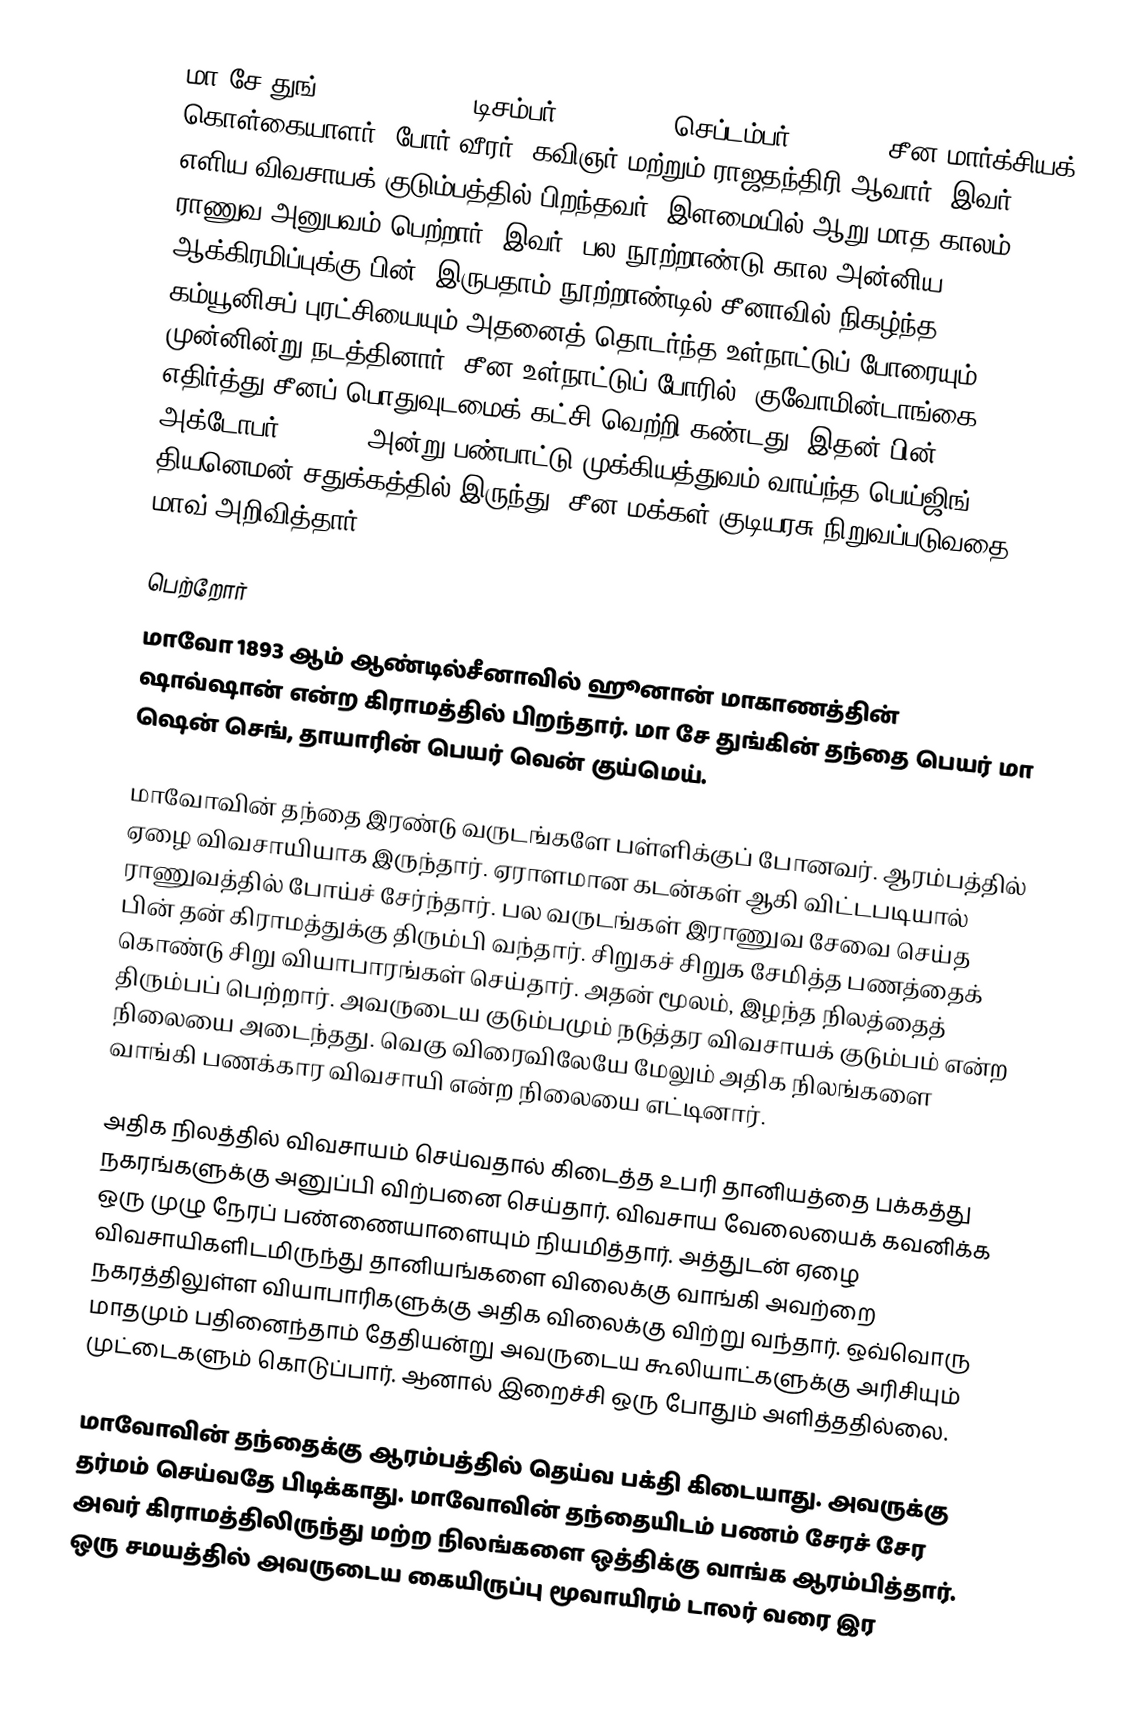
மா சே துங் (, Mao Zedong, டிசம்பர் 26, 1893 – செப்டம்பர் 9, 1976) சீன மார்க்சியக் கொள்கையாளர், போர் வீரர், கவிஞர் மற்றும் ராஜதந்திரி ஆவார்.  இவர் எளிய விவசாயக் குடும்பத்தில் பிறந்தவர். இளமையில் ஆறு மாத காலம் ராணுவ அனுபவம் பெற்றார். இவர், பல நூற்றாண்டு கால அன்னிய ஆக்கிரமிப்புக்கு பின், இருபதாம் நூற்றாண்டில் சீனாவில் நிகழ்ந்த கம்யூனிசப் புரட்சியையும் அதனைத் தொடர்ந்த உள்நாட்டுப் போரையும் முன்னின்று நடத்தினார். சீன உள்நாட்டுப் போரில், குவோமின்டாங்கை எதிர்த்து சீனப் பொதுவுடமைக் கட்சி வெற்றி கண்டது. இதன் பின், அக்டோபர் 1, 1949 அன்று பண்பாட்டு முக்கியத்துவம் வாய்ந்த பெய்ஜிங் தியனெமன் சதுக்கத்தில் இருந்து, சீன மக்கள் குடியரசு நிறுவப்படுவதை மாவ் அறிவித்தார்.

பெற்றோர்
மாவோ 1893 ஆம் ஆண்டில்சீனாவில் ஹூனான் மாகாணத்தின் ஷாவ்ஷான் என்ற கிராமத்தில் பிறந்தார். மா சே துங்கின் தந்தை பெயர் மா ஷென் செங், தாயாரின் பெயர் வென் குய்மெய்.

மாவோவின் தந்தை இரண்டு வருடங்களே பள்ளிக்குப் போனவர். ஆரம்பத்தில் ஏழை விவசாயியாக இருந்தார். ஏராளமான கடன்கள் ஆகி விட்டபடியால் ராணுவத்தில் போய்ச் சேர்ந்தார். பல வருடங்கள் இராணுவ சேவை செய்த பின் தன் கிராமத்துக்கு திரும்பி வந்தார்.  சிறுகச் சிறுக சேமித்த பணத்தைக் கொண்டு சிறு வியாபாரங்கள் செய்தார். அதன் மூலம், இழந்த நிலத்தைத் திரும்பப் பெற்றார். அவருடைய குடும்பமும் நடுத்தர விவசாயக் குடும்பம் என்ற நிலையை அடைந்தது. வெகு விரைவிலேயே மேலும் அதிக நிலங்களை வாங்கி பணக்கார விவசாயி என்ற நிலையை எட்டினார்.

அதிக நிலத்தில் விவசாயம் செய்வதால் கிடைத்த உபரி தானியத்தை பக்கத்து நகரங்களுக்கு அனுப்பி விற்பனை செய்தார். விவசாய வேலையைக் கவனிக்க ஒரு முழு நேரப் பண்ணையாளையும் நியமித்தார். அத்துடன் ஏழை விவசாயிகளிடமிருந்து தானியங்களை விலைக்கு வாங்கி அவற்றை நகரத்திலுள்ள வியாபாரிகளுக்கு அதிக விலைக்கு விற்று வந்தார். ஒவ்வொரு மாதமும் பதினைந்தாம் தேதியன்று அவருடைய கூலியாட்களுக்கு அரிசியும் முட்டைகளும் கொடுப்பார். ஆனால் இறைச்சி ஒரு போதும் அளித்ததில்லை.

மாவோவின் தந்தைக்கு ஆரம்பத்தில் தெய்வ பக்தி கிடையாது. அவருக்கு தர்மம் செய்வதே பிடிக்காது. மாவோவின் தந்தையிடம் பணம் சேரச் சேர அவர் கிராமத்திலிருந்து மற்ற நிலங்களை ஒத்திக்கு வாங்க ஆரம்பித்தார். ஒரு சமயத்தில் அவருடைய கையிருப்பு மூவாயிரம் டாலர் வரை இர